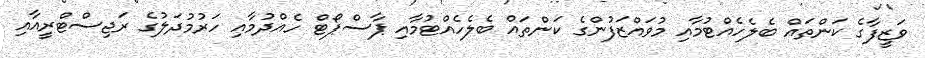
ވަޒީފާގެ ކަންތައް ބެލެހެއްޓުމާއި މުވައްޒަފުންގެ ކަންތައް ބެލެހެއްޓުމާއި ޕާސްޕޯޓް ހެއްދުމާއި ހަރުމުދަލުގެ ރަޖިސްޓްރީއާއި